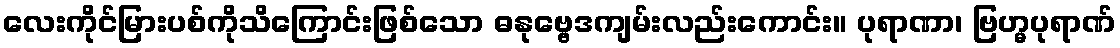
လေးကိုင်မြားပစ်ကိုသိကြောင်းဖြစ်သော ဓနုဗ္ဗေဒကျမ်းလည်းကောင်း။ ပုရာဏာ၊ ဗြဟ္မပုရာဏ်